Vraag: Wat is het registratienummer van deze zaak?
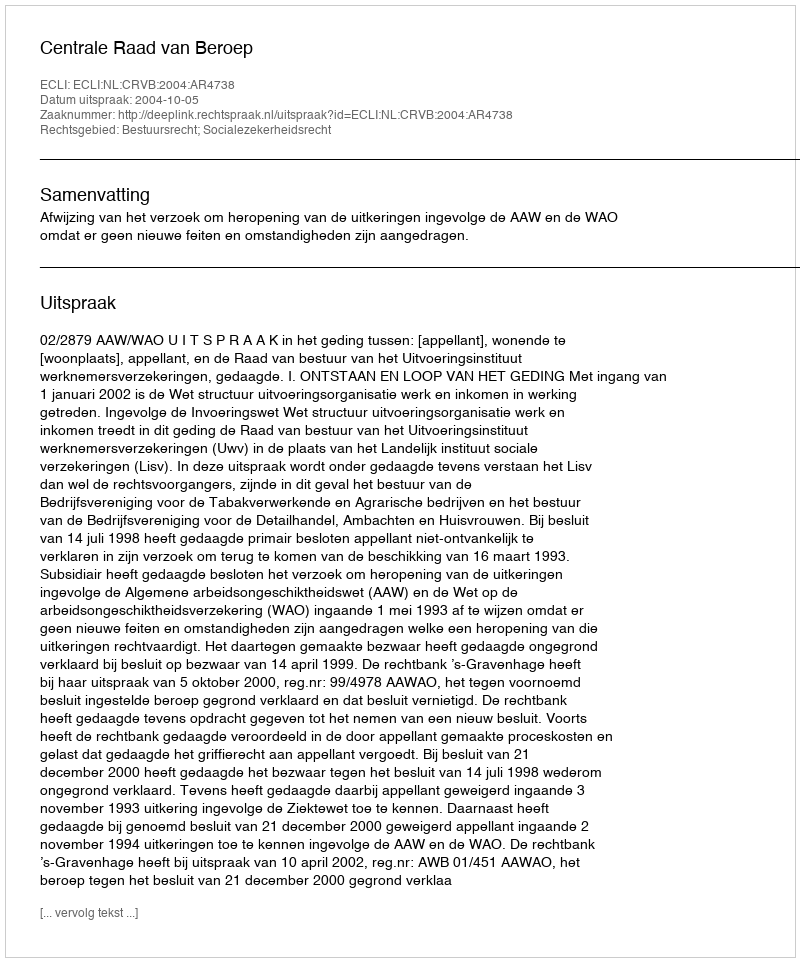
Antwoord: http://deeplink.rechtspraak.nl/uitspraak?id=ECLI:NL:CRVB:2004:AR4738